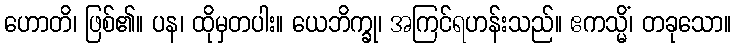
ဟောတိ၊ ဖြစ်၏။ ပန၊ ထိုမှတပါး။ ယေဘိက္ခု၊ အကြင်ရဟန်းသည်။ ဧကသ္မိံ၊ တခုသော။